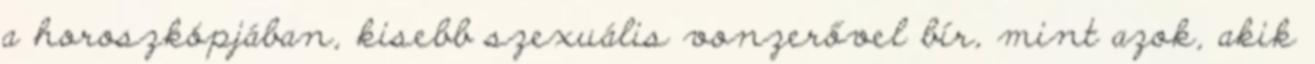
a horoszkópjában, kisebb szexuális vonzerővel bír, mint azok, akik